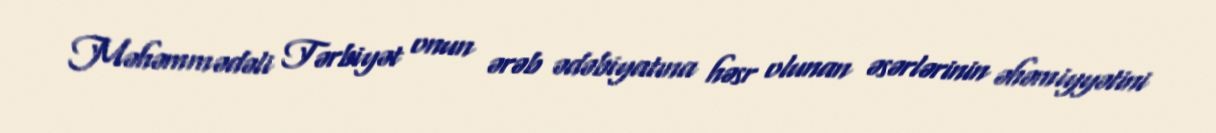
Məhəmmədəli Tərbiyət onun ərəb ədəbiyatına həsr olunan əsərlərinin əhəmiyyətini